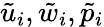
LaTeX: \tilde{u}_{i},\tilde{w}_{i},\tilde{p}_{i}